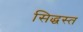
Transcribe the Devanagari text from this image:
सिद्धस्त